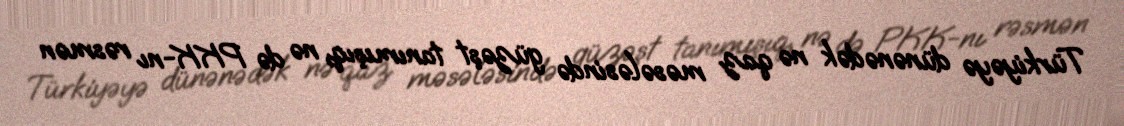
Türkiyəyə dünənədək nə qaz məsələsində güzəşt tanımışıq, nə də PKK-nı rəsmən